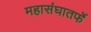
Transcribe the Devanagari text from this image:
महासंघातर्फे